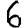
Digit: 6